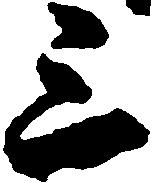
三